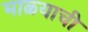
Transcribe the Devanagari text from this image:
माळ्याची